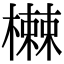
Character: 𬄸